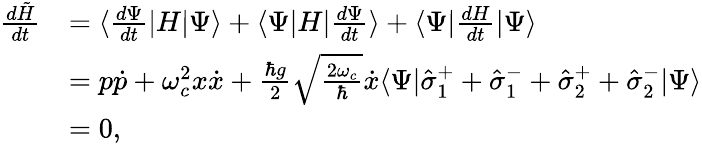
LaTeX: \begin{array}{rl}{\frac{d\tilde{H}}{dt}}&{=\langle\frac{d\Psi}{dt}|H|\Psi\rangle+\langle\Psi|H|\frac{d\Psi}{dt}\rangle+\langle\Psi|\frac{dH}{dt}|\Psi\rangle}\\ &{=p\dot{p}+\omega_{c}^{2}x\dot{x}+\frac{\hbar g}{2}\sqrt{\frac{2\omega_{c}}{\hbar}}\dot{x}\langle\Psi|\hat{\sigma}_{1}^{+}+\hat{\sigma}_{1}^{-}+\hat{\sigma}_{2}^{+}+\hat{\sigma}_{2}^{-}|\Psi\rangle}\\ &{=0,}\end{array}